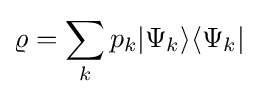
\varrho =\sum _{k}p_{k}\vert \Psi _{k}\rangle \langle \Psi _{k}\vert